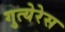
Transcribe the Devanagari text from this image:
गुत्येरेस